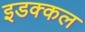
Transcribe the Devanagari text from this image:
इडक्कल